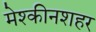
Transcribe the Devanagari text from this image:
मेश्कीनशहर